Report of an investigation into the causes of the diseases known in Assam as Kála-Azár and Beri-Beri
Disease focus: Beri-Beri
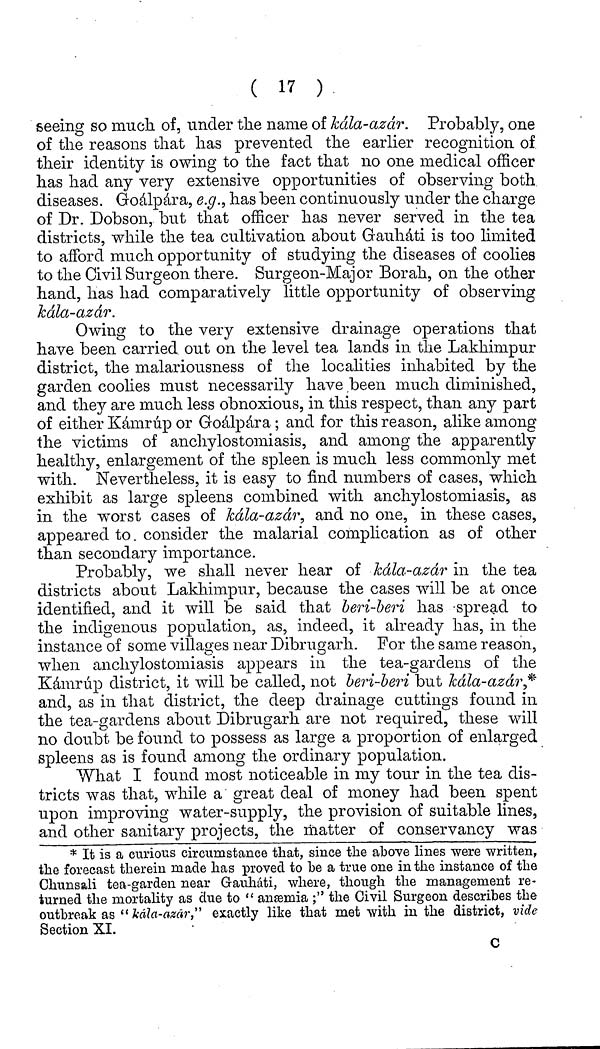
( 17 )
seeing so much of, under the name of kala-azar. Probably, one
of the reasons that has prevented the earlier recognition of
their identity is owing to the fact that no one medical officer
has had any very extensive opportunities of observing both
diseases. Goálpára, e.g., has been continuously under the charge
of Dr. Dobson, but that officer has never served in the tea
districts, while the tea cultivation about Gauhàti is too limited
to afford much opportunity of studying the diseases of coolies
to the Civil Surgeon there. Surgeon-Major Borah, on the other
hand, has had comparatively little opportunity of observing
kala-azar.
Owing to the very extensive drainage operations that
have been carried out on the level tea lands in the Lakhimpur
district, the malariousness of the localities inhabited by the
garden coolies must necessarily have been much diminished,
and they are much less obnoxious, in this respect, than any part
of either Kàmrup or Goálpára ; and for this reason, alike among
the victims of anchylostomiasis, and among the apparently
healthy, enlargement of the spleen is much less commonly met
with. Nevertheless, it is easy to find numbers of cases, which
exhibit as large spleens combined with anchylostomiasis, as
in the worst cases of kála-azár, and no one, in these cases,
appeared to consider the malarial complication as of other
than secondary importance.
Probably, we shall never hear of kála-azár in the tea
districts about Lakhimpur, because the cases will be at once
identified, and it will be said that beri-beri has spread to
the indigenous population, as, indeed, it already has, in the
instance of some villages near Dibrugarh. For the same reason,
when anchylostomiasis appears in the tea-gardens of the
Kàmrup district, it will be called, not beri-beri but kála-azár,*
and, as in that district, the deep drainage cuttings found in
the tea-gardens about Dibrugarh are not required, these will
no doubt be found to possess as large a proportion of enlarged
spleens as is found among the ordinary population.
What I found most noticeable in my tour in the tea dis-
tricts was that, while a great deal of money had been spent
upon improving water-supply, the provision of suitable lines,
and other sanitary projects, the matter of conservancy was
* It is a curious circumstance that, since the above lines were written,
the forecast therein made has proved to be a true one in the instance of the
Chunsali tea-garden near Gauhàti, where, though the management re-
turned the mortality as due to " anæmia ;" the Civil Surgeon describes the
outbreak as "kála-azár," exactly like that met with in the district, vide
Section XI.
C